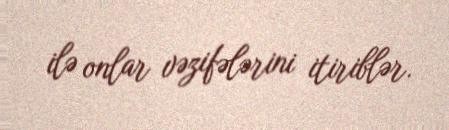
ilə onlar vəzifələrini itiriblər.